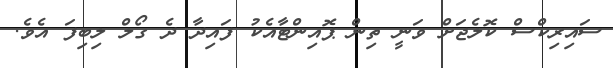
ސައިރިކްސް ކޮލެޖަށް ވަނީ ތިން ޕޮއިންޓާއެކު ފައިދާ ދެ ގޯލް ލިބިފަ އެވެ.